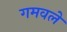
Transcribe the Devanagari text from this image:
गमवले